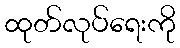
ထုတ်လုပ်ရေးကို